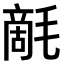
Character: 𣯵